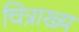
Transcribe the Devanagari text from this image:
चित्राख्य